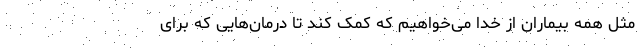
مثل همه بیماران از خدا می‌خواهیم که کمک کند تا درمان‌هایی که برای